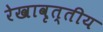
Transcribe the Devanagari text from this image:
रेखावृत्तीय